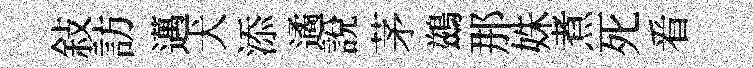
敍訪邁犬添遹說茅鷀那姝煮死㸔